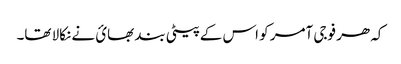
کہ ھر فوجی آمر کو اس کے پیٹی بند بھائ نے نکالا تھا۔